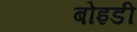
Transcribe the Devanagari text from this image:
बोइडी